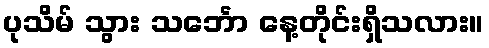
ပုသိမ် သွား သင်္ဘော နေ့တိုင်းရှိသလား။